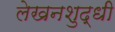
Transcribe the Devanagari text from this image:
लेखनशुद्धी